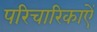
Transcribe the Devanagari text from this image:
परिचारिकाऐं